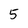
Character: 5